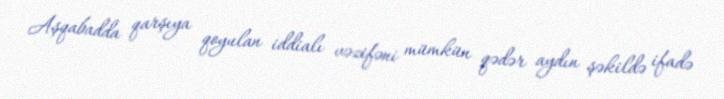
Aşqabadda qarşıya qoyulan iddialı vəzifəni mümkün qədər aydın şəkildə ifadə